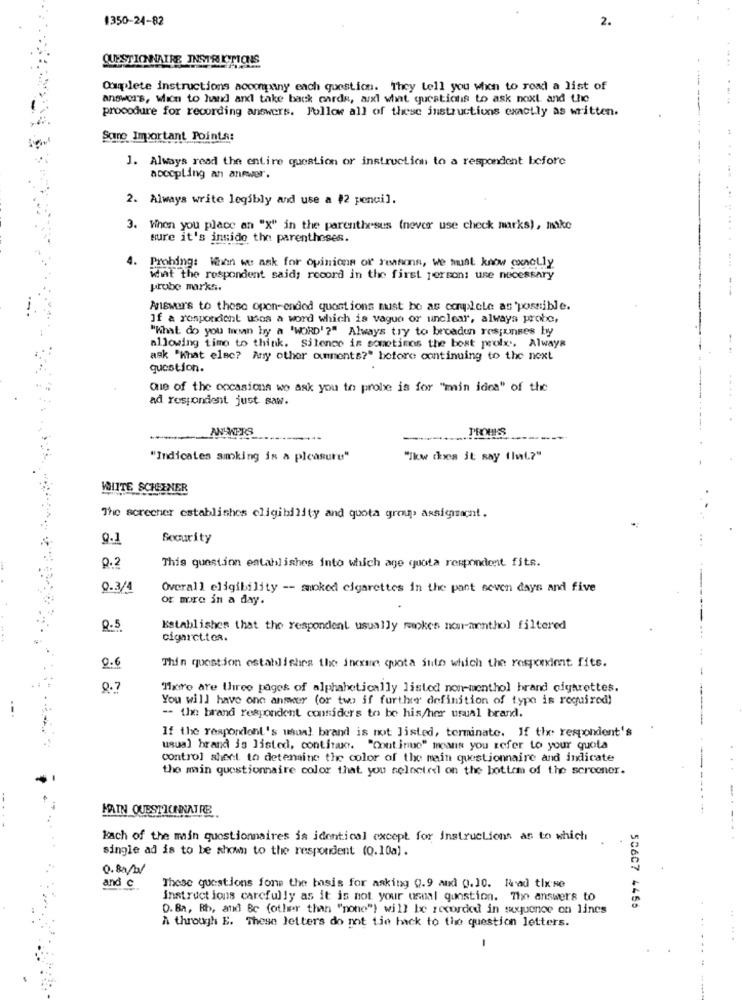
1350-24-82
2.
QUESTIONNAIRE INSTRUCTIONS
144 .
Complete instructions acompany each question. They tell you when to read a list of
answers, Wien to hand and take back cards, arxl what questions to ask noxt and the
procedure for recording answers. Follow all of these instructions exactly as written.
Some Important Points:
J. Always read the entire question or instruction to a respondent before
accopling an answer.
2. Always write legibly and use a #2 pencil.
3. When you place an "X" in the parentheses (never use check marks), make
sure it's inside the parentheses.
4. Prohing: When we ask for opinions of reasons, We must know exactly
what the respondent said; record in the first person: use necessary
probe marks.
Answers to these open-ended questions must be as complete as possible.
If a respondent usos a word which is vague or unclear, always probe,
"What do you mean by a 'WORD' ?" Always try to broaden responses by
allowing timo to think. Silence is sometimos the best peolx. Always
ask "What elec? Any other comments?" before continuing to the next
question.
Que of the occasions wo ask you to probe is for "main idea" of the
ad respondent just saw.
ANSWERS
PROUKS
-
"Indicates ammking is a pleasure"
"kw chies it say fint?"
WIITE SCHENER
The screener establishes eligibility and quota group assignacht.
Security
.. .
0.2
This question establishes into which age quota respondent fits.
0.3/4
Overall eligibility -- smoked cigarettes in the past seven days and five
or more in a day.
Establishes that the respondent usually makes non-menthol filtered
cigarct.toa.
0.6
Thin question establishes the income quota suto which the resxeximt fits.
0.7
Haire are three pages of alphabetically listed non-menthol hrand cigarettes.
You will have one answer (or two if further definition of type is required)
- the brand respondent considers to be his/her usual brand.
If the respondont's usual brand is not listed, terminate. If the respondent's
usual brand is listed, continuo. "Continue" means you refer to your quota
control sheet to detemine the color of the main questionnaire and indicate
the main questionnaire color that you selected on the bottom of the screener.
-
MAIN QUESTICHNATRE
kach of the main questionnaires is identical except for instructions as to which
single ad is to be shown to the respondent (0.10a).
0.8a/b/
and c
These questions fone the basis for asking 0.9 and 0.10. Rad tix se
instructions carefully as it is not your usual question. The answers to
D. Ba, Rb, and Bc (other than "none") will be recorded in sequence on lines
50607 4456
A through E. These letters do not tie hack to the question letters.